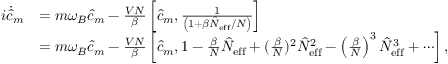
\begin{array} { r l } { i \dot { \hat { c } } _ { m } } & { = m \omega _ { B } \hat { c } _ { m } - \frac { V N } { \beta } \left[ \hat { c } _ { m } , \frac { 1 } { \left( 1 + \beta \hat { N } _ { \mathrm { e f f } } / N \right) } \right] } \\ & { = m \omega _ { B } \hat { c } _ { m } - \frac { V N } { \beta } \left[ \hat { c } _ { m } , 1 - \frac { \beta } { N } \hat { N } _ { \mathrm { e f f } } + ( \frac { \beta } { N } ) ^ { 2 } \hat { N } _ { \mathrm { e f f } } ^ { 2 } - \left( \frac { \beta } { N } \right) ^ { 3 } \hat { N } _ { \mathrm { e f f } } ^ { 3 } + \cdots \right] , } \end{array}